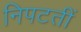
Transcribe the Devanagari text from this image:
निपटतीं